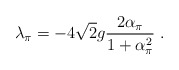
\begin{align*}\lambda_\pi=-4\sqrt{2}g\frac{2\alpha_{\pi}}{1+\alpha^{2}_{\pi}}\ .\end{align*}